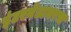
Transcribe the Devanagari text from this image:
इंटरनेटावरच